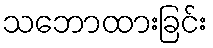
သဘောထားခြင်း